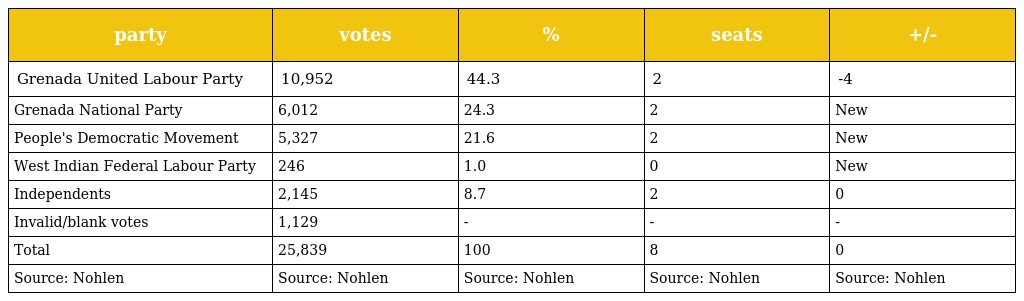
| party | votes | % | seats | +/- |
 | --- | --- | --- | --- | --- |
 | Grenada United Labour Party | 10,952 | 44.3 | 2 | -4 |
 | Grenada National Party | 6,012 | 24.3 | 2 | New |
 | People's Democratic Movement | 5,327 | 21.6 | 2 | New |
 | West Indian Federal Labour Party | 246 | 1.0 | 0 | New |
 | Independents | 2,145 | 8.7 | 2 | 0 |
 | Invalid/blank votes | 1,129 | - | - | - |
 | Total | 25,839 | 100 | 8 | 0 |
 | Source: Nohlen | Source: Nohlen | Source: Nohlen | Source: Nohlen | Source: Nohlen |